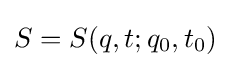
S=S(q,t;q_{0},t_{0})